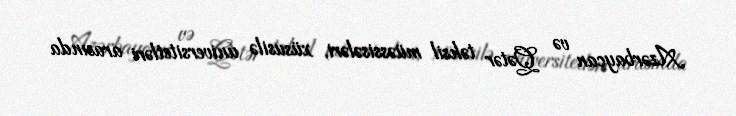
Azərbaycan və Qətər təhsil müəssisələri, xüsusilə universitetləri arasında